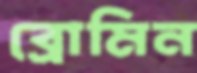
ব্রোমিন